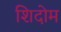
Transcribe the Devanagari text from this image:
शिदोम